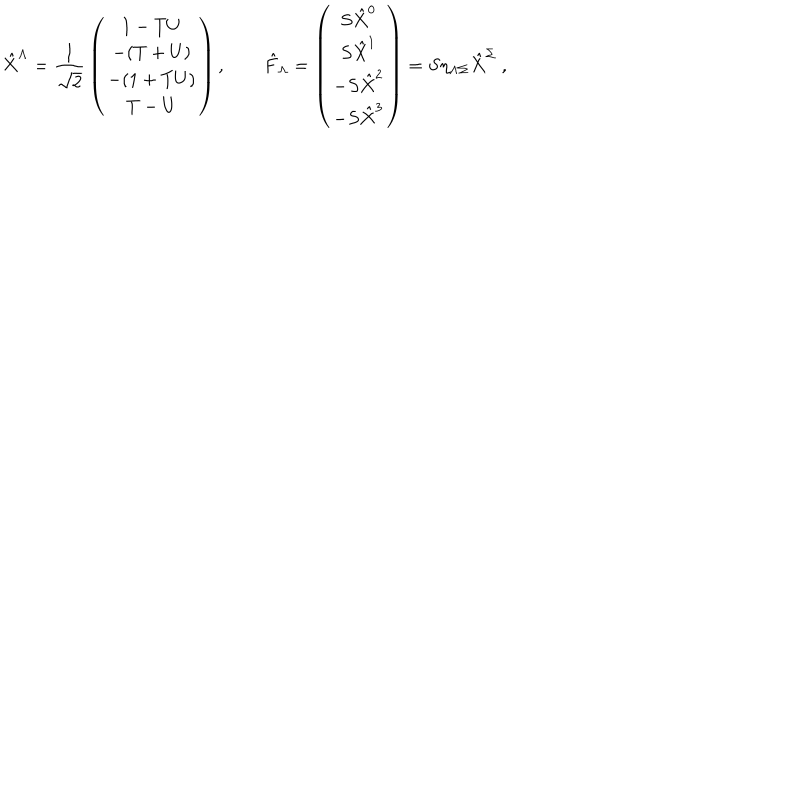
\hat { X } ^ { \Lambda } = { \frac { 1 } { \sqrt 2 } } \left( \begin{matrix} { { 1 - T U } } \\ { { - ( T + U ) } } \\ { { - ( 1 + T U ) } } \\ { { T - U } } \\ \end{matrix} \right) , \qquad \hat { F } _ { \Lambda } = \left( \begin{matrix} { { S \hat { X } ^ { 0 } } } \\ { { S \hat { X } ^ { 1 } } } \\ { { - S \hat { X } ^ { 2 } } } \\ { { - S \hat { X } ^ { 3 } } } \\ \end{matrix} \right) = S \eta _ { \Lambda \Sigma } \hat { X } ^ { \Sigma } \ ,